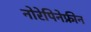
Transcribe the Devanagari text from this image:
नोरेपिनेफ्रीन